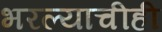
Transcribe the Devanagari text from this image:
भरल्याचीही